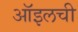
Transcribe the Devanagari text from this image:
ऑइलची